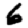
Digit: 6